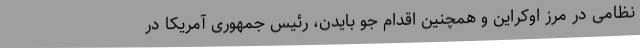
نظامی در مرز اوکراین و همچنین اقدام جو بایدن، رئیس جمهوری آمریکا در